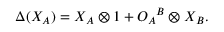
\Delta ( X _ { A } ) = X _ { A } \otimes 1 + { O _ { A } } ^ { B } \otimes X _ { B } .